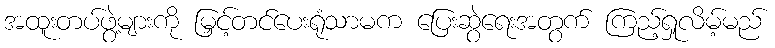
အထူးတပ်ဖွဲ့များကို မြှင့်တင်ပေးရုံသာမက ပြေးဆွဲရေးအတွက် ကြည့်ရှုလိမ့်မည်